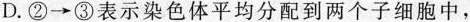
D.②\longrightarrow③表示染色体平均分配到两个子细胞中，